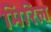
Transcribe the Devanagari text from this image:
मिरिल